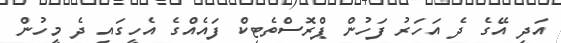
އަދި އޭގެ ދެ އަހަރު ފަހުން ޕްރޮސްތެޓިކް ފައެއްގެ އެހީގައި ދެ މީހުން